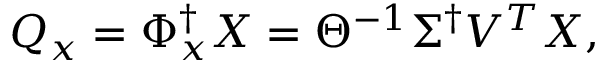
Q _ { x } = \Phi _ { x } ^ { \dagger } X = \Theta ^ { - 1 } \Sigma ^ { \dagger } V ^ { T } X ,